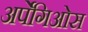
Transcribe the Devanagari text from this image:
अर्पेगिओस